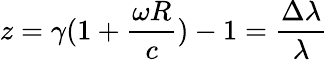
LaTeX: z=\gamma(1+\frac{\omega R}{c})-1=\frac{\Delta\lambda}{\lambda}